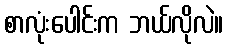
စာလုံးပေါင်းက ဘယ်လိုလဲ။